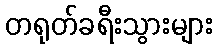
တရုတ်ခရီးသွားများ